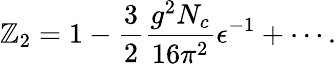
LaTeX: \mathbb{Z}_{2}=1-{\frac{{3}}{{2}}}{\frac{{g^{2}N_{c}}}{{16\pi^{2}}}}\epsilon^{-1}+\cdots.